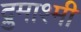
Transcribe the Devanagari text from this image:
द्रुमाश्मी